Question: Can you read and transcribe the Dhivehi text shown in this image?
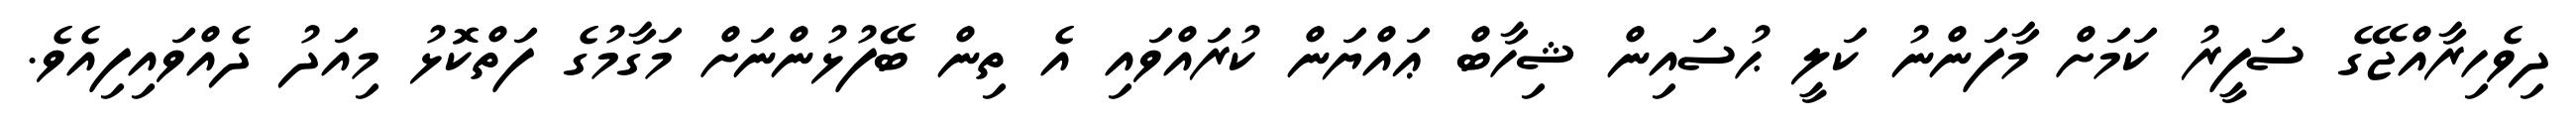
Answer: ދިވެހިރާއްޖޭގެ ސަފީރު ކަމަށް މާފަންނު ކަލީ ޙުސައިން ޝިހާބް ޢައްޔަން ކުރައްވައި އެ ތިން ބޭފުޅުންނަށް މަގާމުގެ ފަތްކޮޅު މިއަދު ދެއްވައިފިއެވެ.